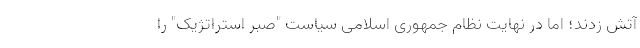
آتش زدند؛ اما در نهایت نظام جمهوری اسلامی سیاست "صبر استراتژیک" را